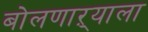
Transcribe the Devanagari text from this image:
बोलणाऱ्याला